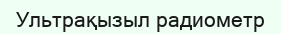
Ультрақызыл радиометр